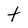
Character: t